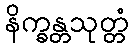
နိက္ခန္တသုတ္တံ